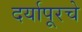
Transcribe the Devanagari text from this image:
दर्यापूरचे